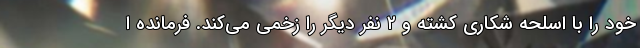
خود را با اسلحه شکاری کشته و ۲ نفر دیگر را زخمی می‌کند. فرمانده ا